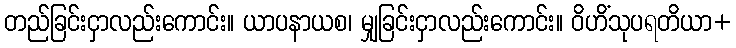
တည်ခြင်းငှာလည်းကောင်း။ ယာပနာယစ၊ မျှခြင်းငှာလည်းကောင်း။ ဝိဟိံသုပရတိယာ+